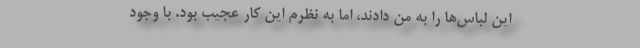
این لباس‌ها را به من دادند، اما به نظرم این کار عجیب بود. با وجود